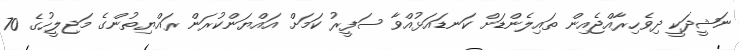
ނަޝީދަކީ ދިވެހިރާއްޖެއިން ތައިލެންޑަށް ކަނޑައަޅުއްވާ ސަފީރު ކަމަށް އައްޔަންކުރަން ރައްޔިތުންގެ މަޖިލީހުގެ 70